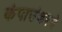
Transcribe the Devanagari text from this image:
कंपाउंडरचे